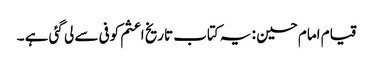
قیام امام حسین : یہ کتاب تاریخ اعثم کوفی سے لی گئی ہے ۔